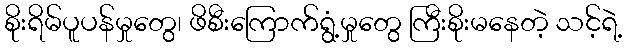
စိုးရိမ်ပူပန်မှုတွေ၊ ဖိစီးကြောက်ရွံ့မှုတွေ ကြီးစိုးမနေတဲ့ သင့်ရဲ့